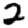
Digit: 2